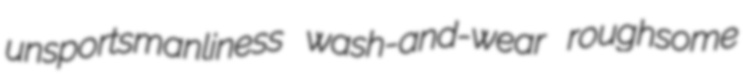
unsportsmanliness wash-and-wear roughsome